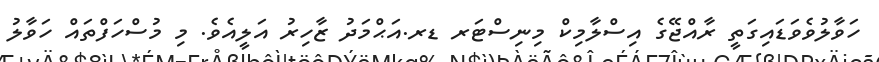
ހަވާލުވެވަޑައިގަތީ ރާއްޖޭގެ އިސްލާމިކް މިނިސްޓަރ ޑރ.އަޙްމަދު ޒާހިރު އަލީއެވެ. މި މުސްހަފްތައް ހަވާލު